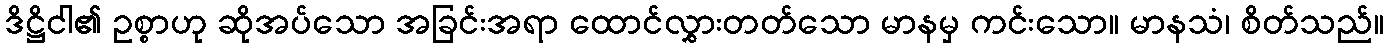
ဒိဋ္ဌိငါ၏ ဥစ္စာဟု ဆိုအပ်သော အခြင်းအရာ ထောင်လွှားတတ်သော မာနမှ ကင်းသော။ မာနသံ၊ စိတ်သည်။